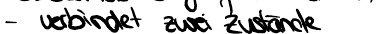
- verbindet zwei Zustände